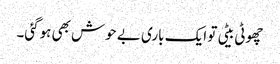
چھوٹی بیٹی تو ایک باری بے حوش بھی ہوگئی۔